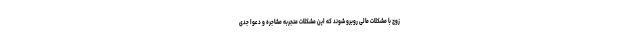
زوج با مشکلات مالی روبرو شوند که این مشکلات منجربه مشاجره و دعوا جدی